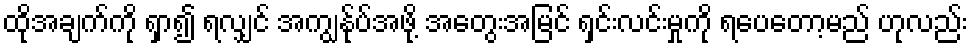
ထိုအချက်ကို ရှာ၍ ရလျှင် အကျွန်ုပ်အဖို့ အတွေးအမြင် ရှင်းလင်းမှုကို ရပေတော့မည် ဟုလည်း